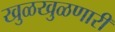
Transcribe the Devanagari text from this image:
खुळखुळणारी